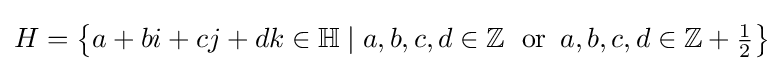
H=\left\{a+bi+cj+dk\in \mathbb {H} \mid a,b,c,d\in \mathbb {Z} \;{\mbox{ or }}\,a,b,c,d\in \mathbb {Z} +{\tfrac {1}{2}}\right\}